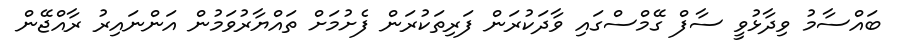
ބައްސާމު ވިދާޅުވީ ސާފް ގޭމްސްގައި ވާދަކުރަން ފަރިތަކުރަން ފެށުމަށް ތައްޔާރުވަމުން އަންނައިރު ރާއްޖޭން